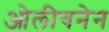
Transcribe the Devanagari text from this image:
ओलीयनेन